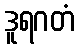
ဒူရဂတံ